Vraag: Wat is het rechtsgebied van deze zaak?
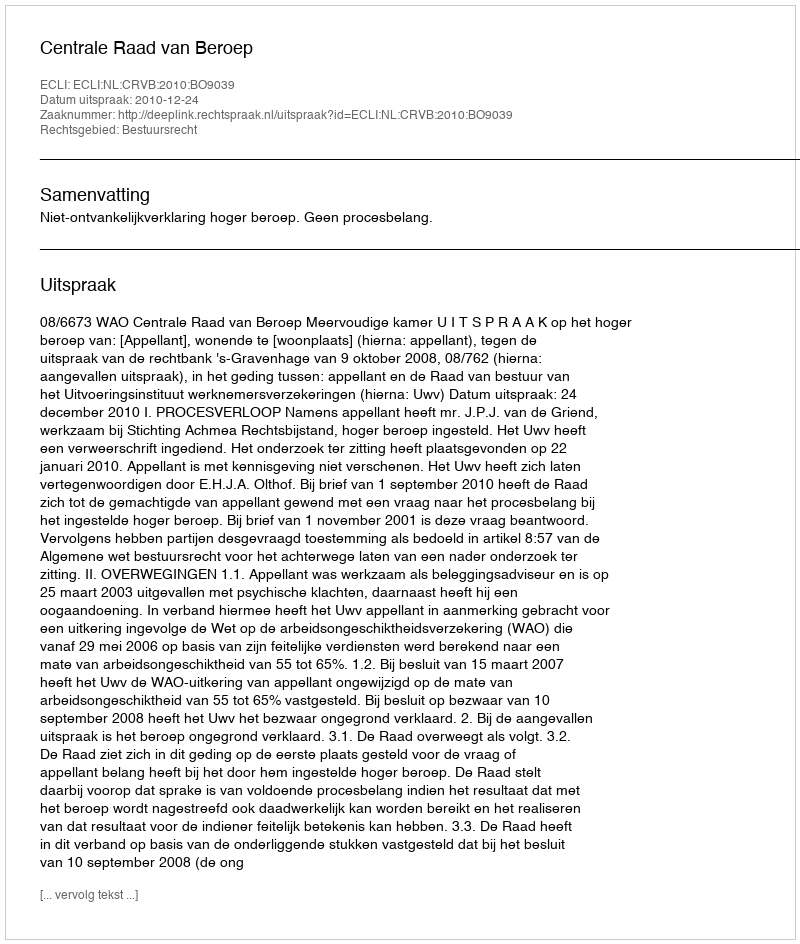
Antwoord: Bestuursrecht